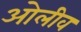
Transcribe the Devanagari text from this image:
ओलीव